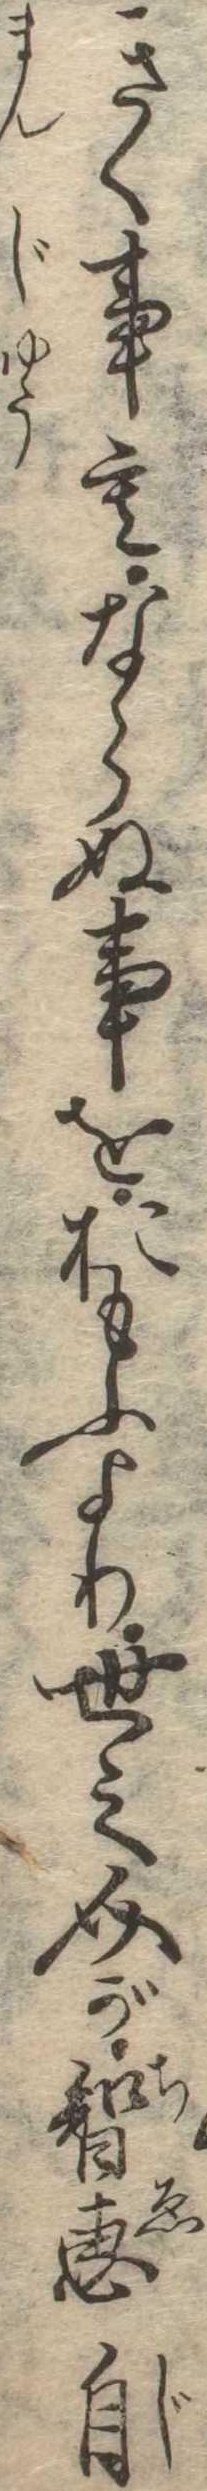
きく事もならぬ事をおもふより世之介が智恵自